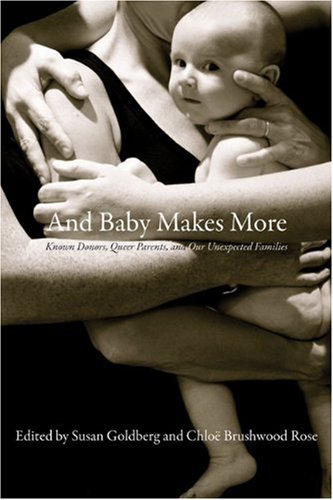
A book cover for And Baby Makes More; Gay & Lesbian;